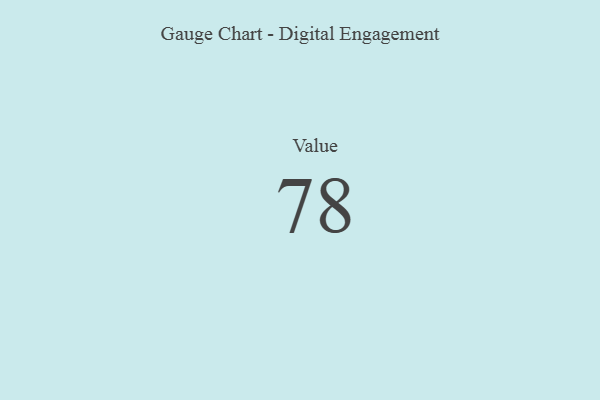
{"axis": {"x": "Metric", "y": "Value"}, "legend": [""], "data": [{"x": "Value", "y": 78, "type": ""}]}